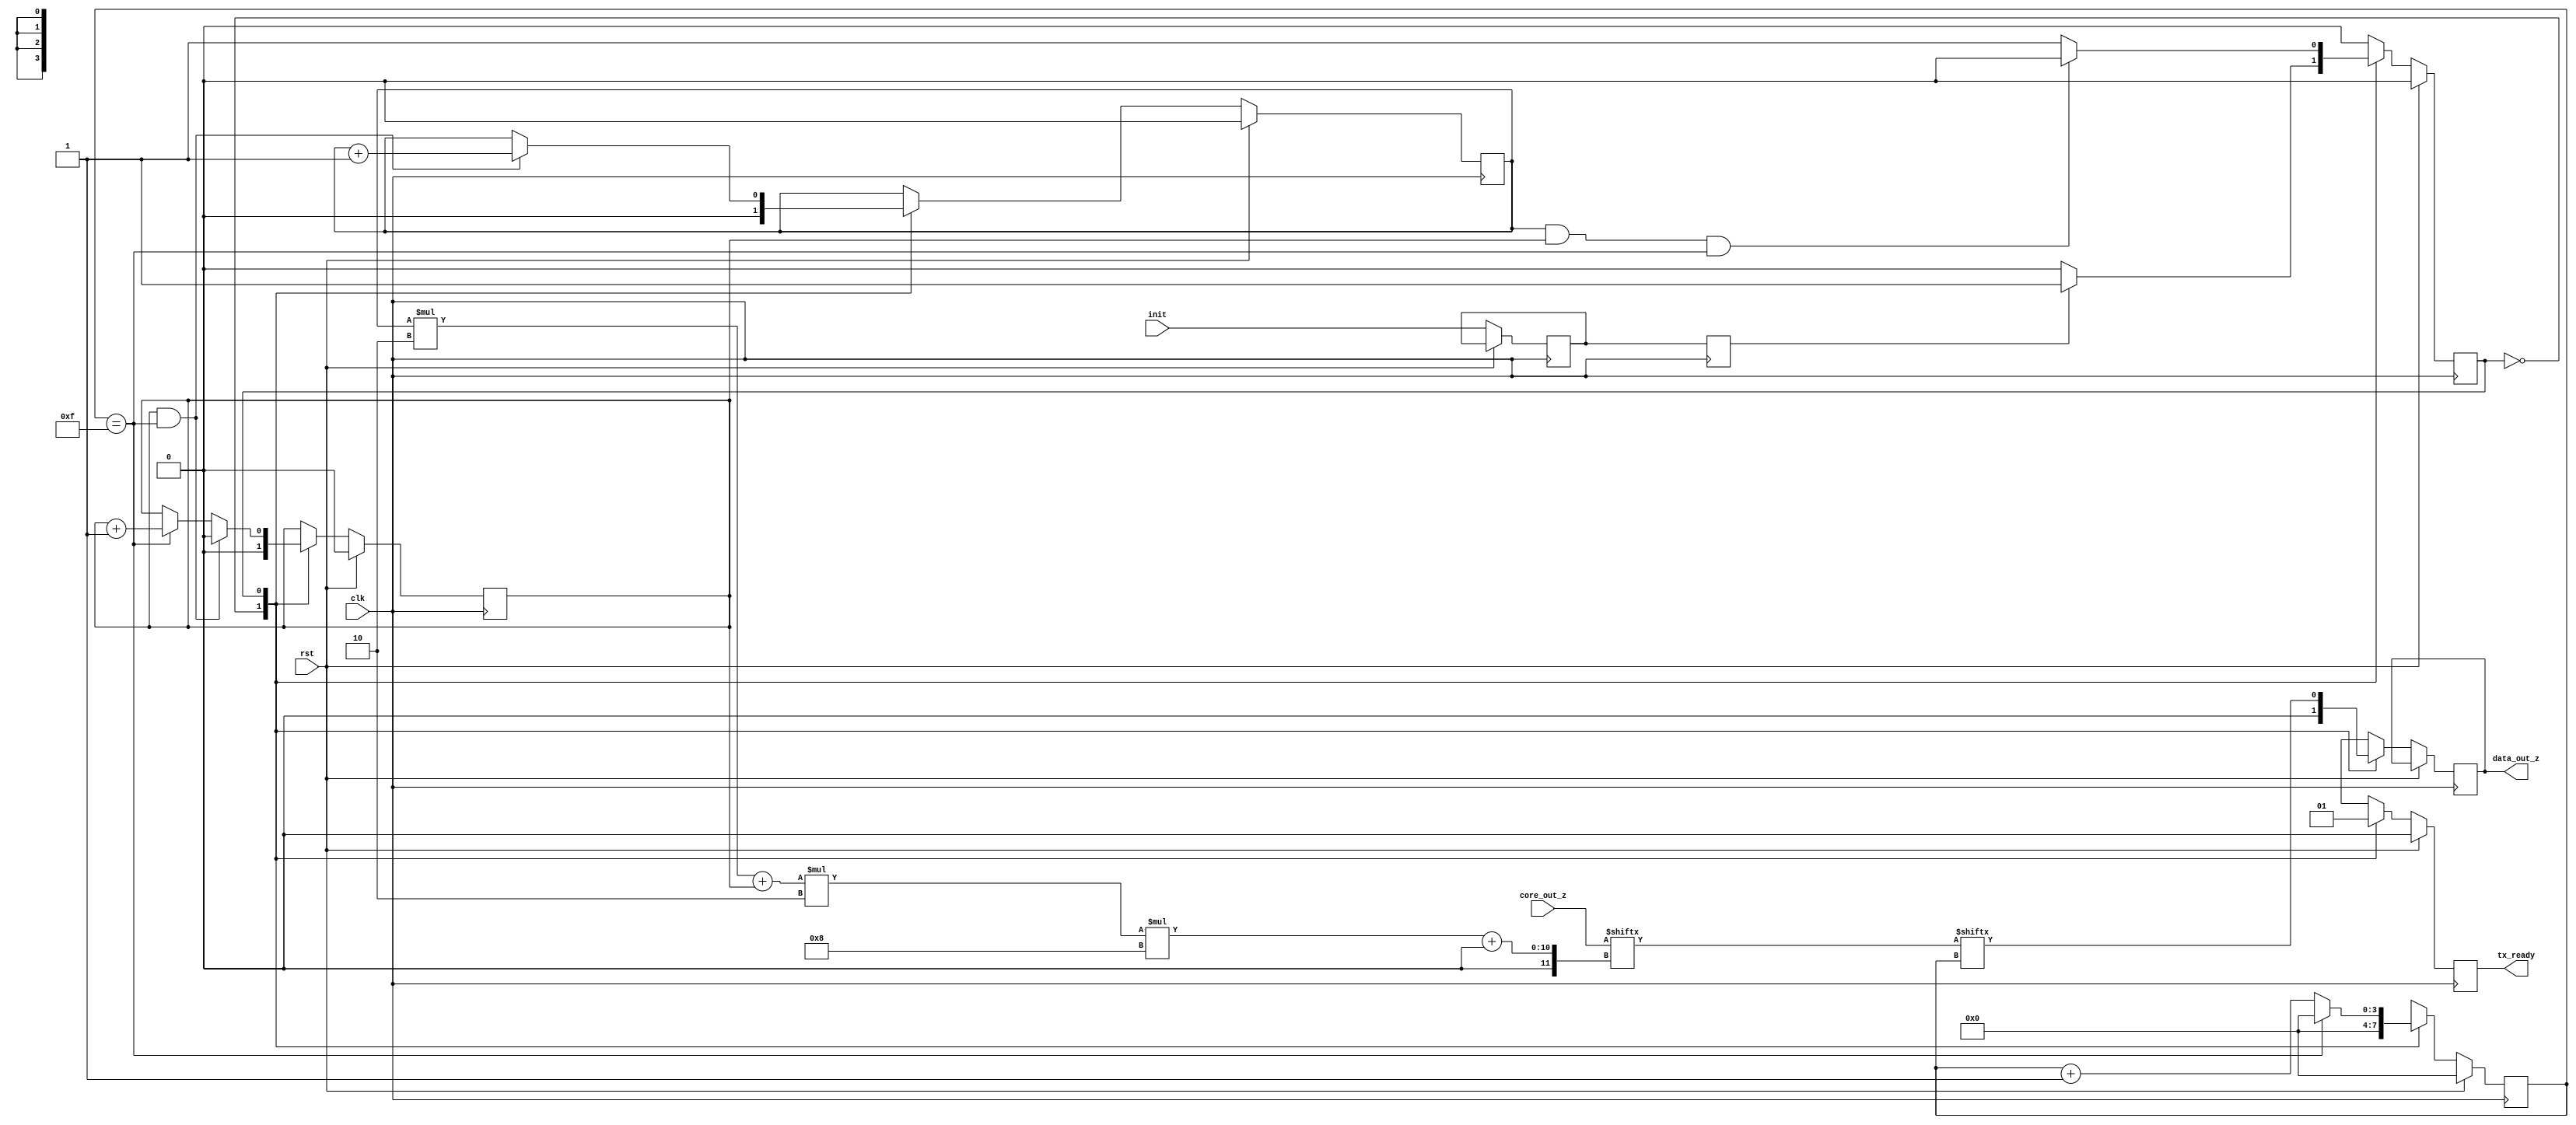
// This program was cloned from: https://github.com/Revenantx86/TinyTPU
// License: MIT License

module output_control #
(
    parameter D_W = 8,
    parameter N = 2
)
(
    // Global Signal
    input  wire                   clk,
    input  wire                   rst,
    // Systolic Output
    input  wire [(N*N*2*D_W)-1:0] core_out_z,
    input  wire                   init, 
    // IO Output
    output reg                    data_out_z,
    output reg                    tx_ready
);
/*
    STATE Machine
*/
//
localparam IDLE = 1'b0;
localparam TX   = 1'b1;
reg        STATE;
//enum {IDLE,TX} STATE;
//
// Counters
reg [$clog2(2*D_W)-1:0] bit_counter;
reg [$clog2(N)-1:0]     column_counter;
reg [$clog2(N)-1:0]     row_counter;
//
wire [2*D_W-1:0]        data_tx_reg;
//
//
assign data_tx_reg = core_out_z[(row_counter*N + column_counter)*2*D_W +: 2*D_W];
//
reg init_delay [N-1:0];
//
always @(posedge clk) begin
    if(rst) begin
        STATE <= IDLE;
    end
    else begin
        init_delay[0] <= init;
        case(STATE) 
            IDLE: begin
                if(init_delay[N-1])
                    STATE <= TX;
            end
            TX: begin
                if(row_counter == N-1 && column_counter == N-1 && bit_counter == 2*D_W-1) 
                    STATE <= IDLE;
            end
        endcase
    end
end

integer x,r,c;
always @(posedge clk) begin
    //
    if(rst) begin
        //
        bit_counter <= 0;
        column_counter <= 0;
        row_counter <= 0;
        tx_ready <= 0;
        //
    end
    //
    else begin
        case(STATE) 
            IDLE: begin
                //
                bit_counter     <= 0;
                column_counter  <= 0;
                row_counter     <= 0;
                tx_ready        <= 0;
                data_out_z      <= 0;
                //        
            end
            TX: begin
                //
                tx_ready    <= 1;
                bit_counter <= bit_counter + 1;
                data_out_z  <=  data_tx_reg[bit_counter];
                //
                if(bit_counter == (2*D_W-1)) begin
                    column_counter <= column_counter + 1;
                    bit_counter    <= 0;
                end
                if(column_counter == N-1 && bit_counter == (2*D_W-1)) begin
                    column_counter <= 0;
                    row_counter   <= row_counter + 1;
                end
                //
            end
        endcase
    end
end

// Assign delay counter
genvar i;
for (i=1;i<N;i=i+1) begin
    always @(posedge clk) begin
        init_delay[i] <= init_delay[i-1];
    end
end

endmodule